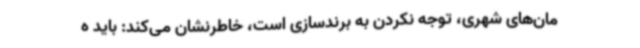
مان‌های شهری، توجه نکردن به برندسازی است، خاطرنشان می‌کند: باید ه